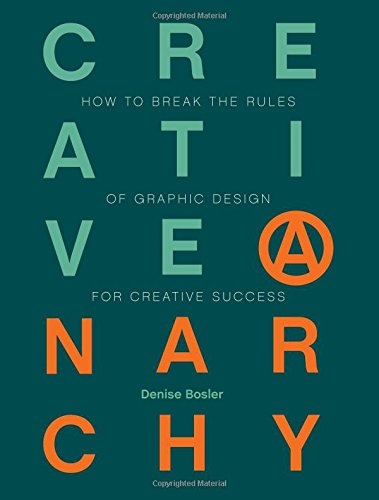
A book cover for Creative Anarchy: How to Break the Rules of Graphic Design for Creative Success; Denise Bosler; Arts & Photography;